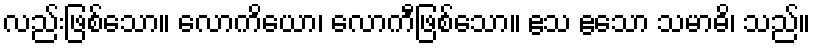
လည်းဖြစ်သော။ လောကိယော၊ လောကီဖြစ်သော။ ဧသ ဧသော သမာဓိ၊ သည်။